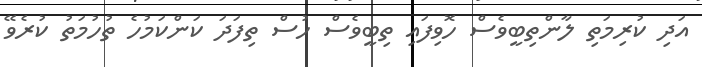
އަދި ކުރިމަތި ލާންތިބީވެސް ހޮވިފައި ތިބީވެސް ހުސް ތިފަދަ ކަންކަމުހެ ތުހުމަތު ކުރެވޭ